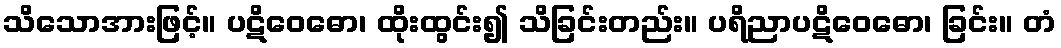
သိသောအားဖြင့်။ ပဋိဝေဓော၊ ထိုးထွင်း၍ သိခြင်းတည်း။ ပရိညာပဋိဝေဓော၊ ခြင်း။ တံ